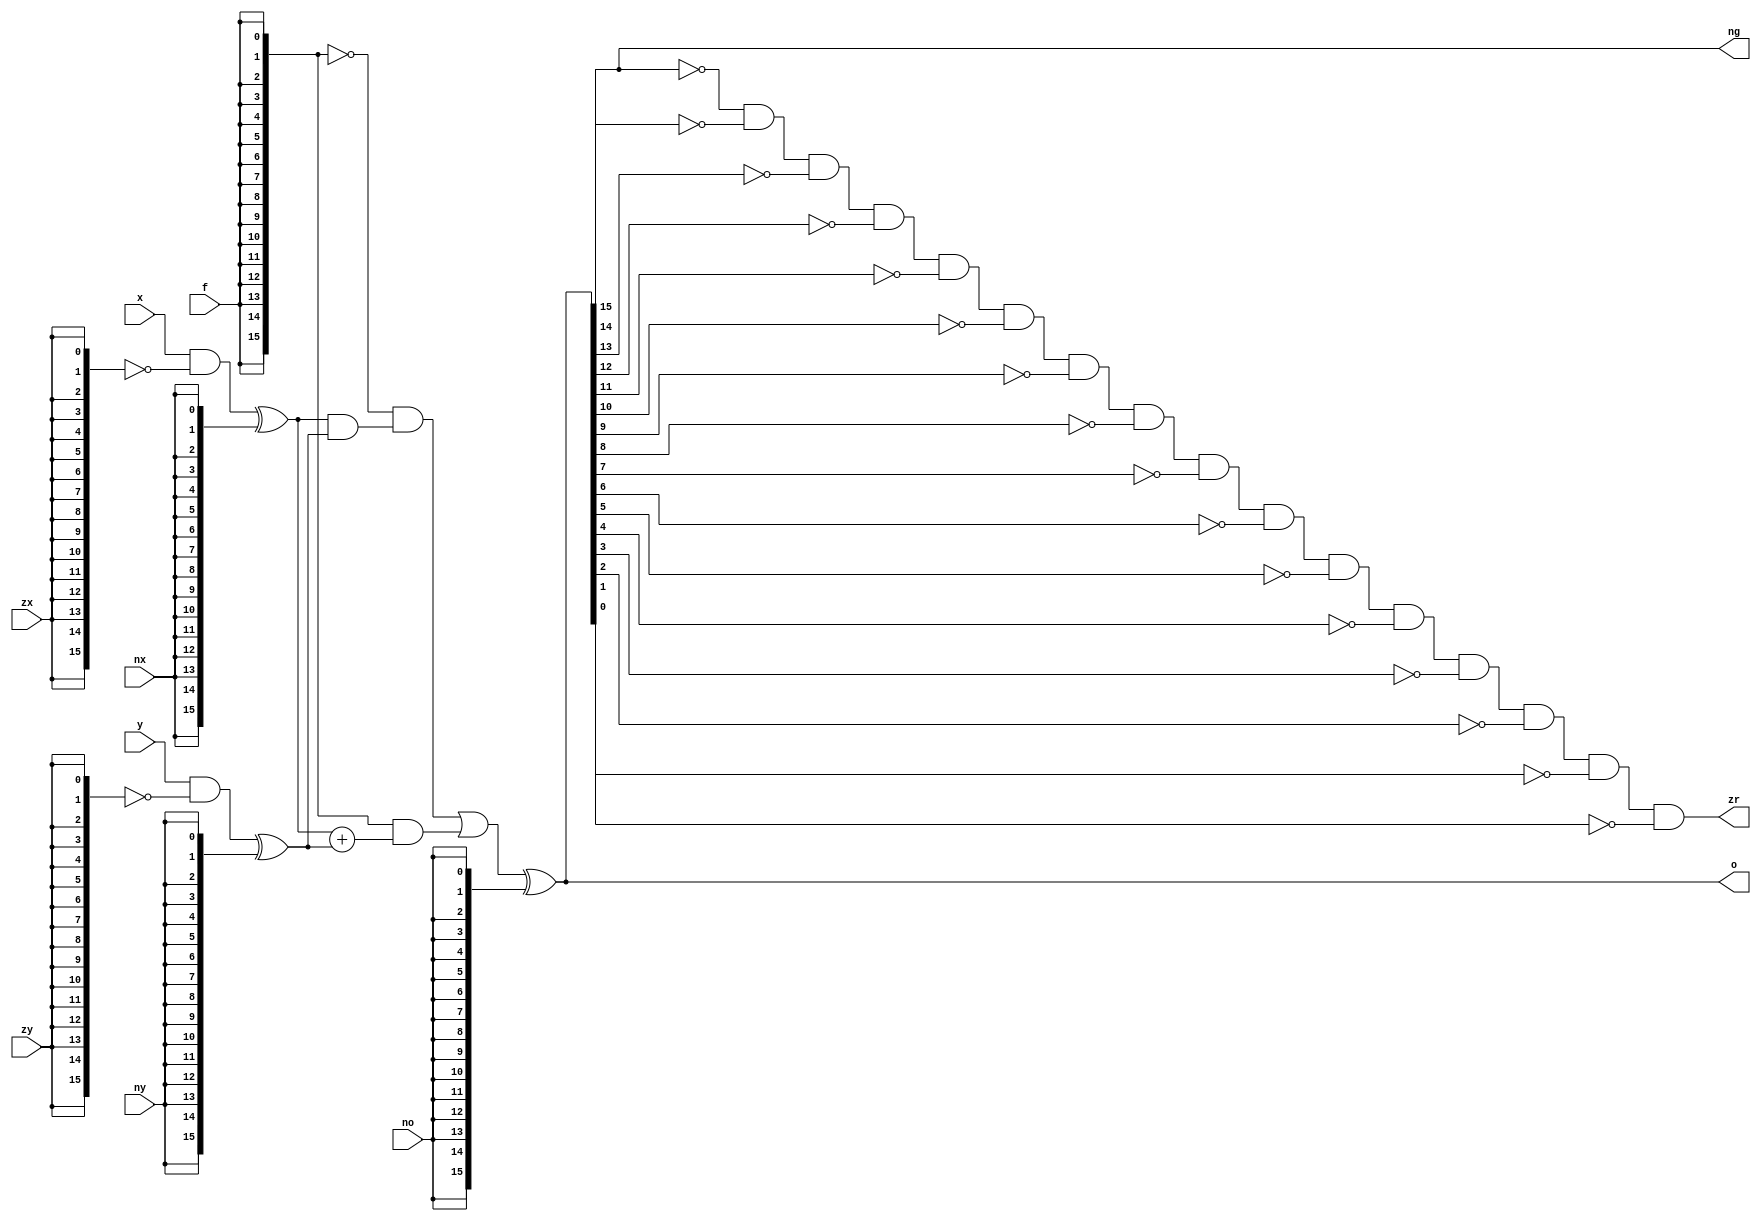
`timescale 1ns / 1ps
//////////////////////////////////////////////////////////////////////////////////
// Company: 
// Engineer: 
// 
// Design Name: 
// Module Name: ALU
// Project Name: 
// Target Devices: 
// Tool Versions: 
// Description: 
// 
// Dependencies: 
// 
// Revision:
// Revision 0.01 - File Created
// Additional Comments:
// 
//////////////////////////////////////////////////////////////////////////////////


module ALU(
    input wire [15:0] x,
    input wire [15:0] y,
    input wire zx, nx, zy, ny, f, no,
    output wire [15:0] o,
    output wire zr, ng
);

wire [15:0] zx_o; wire [15:0] mul_zx;
assign mul_zx = {16{zx}};
assign zx_o = x&~mul_zx;
wire [15:0] nx_o; wire [15:0] mul_nx;
assign mul_nx = {16{nx}};
assign nx_o = zx_o^mul_nx;

wire [15:0] zy_o; wire [15:0] mul_zy;
assign mul_zy = {16{zy}};
assign zy_o = y&~mul_zy;
wire [15:0] ny_o; wire [15:0] mul_ny;
assign mul_ny = {16{ny}};
assign ny_o = zy_o^mul_ny;

wire [15:0] f_o; wire [15:0] mul_f;
assign mul_f = {16{f}};
assign f_o = ~mul_f&(nx_o&ny_o) | mul_f&(nx_o+ny_o);
wire [15:0] mul_no;
assign mul_no = {16{no}};
assign o = f_o^mul_no;

assign zr = ~o[15]&~o[14]&~o[13]&~o[12]&~o[11]&~o[10]&~o[9]&~o[8]&~o[7]&~o[6]&~o[5]&~o[4]&~o[3]&~o[2]&~o[1]&~o[0];
assign ng = o[15];

endmodule